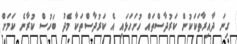
ގިނަ ދާއިރާތަކަކުން ކަރުދާސްތައް ހުށަހަޅައި އެ ކަރުދާސްތަކާ މެދު ބަހުސް ކުރާނެ ކަމަށް